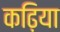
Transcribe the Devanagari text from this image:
कढ़िया